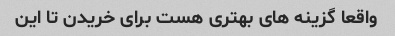
واقعا گزینه های بهتری هست برای خریدن تا این